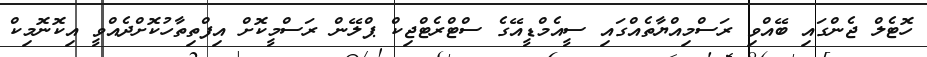
ހޮޓެލް ޖެންގައި ބޭއްވި ރަސްމިއްޔާތެއްގައި ސީއެމްޑީއޭގެ ސްޓްރެޓްޖިކް ޕްލޭން ރަސްމީކޮށް އިފްތިތާހުކޮށްދެއްވީ އިކޮނޮމިކް